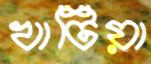
খাটিয়া